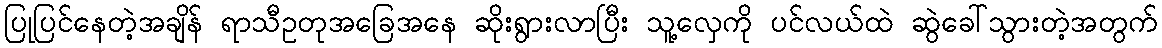
ပြုပြင်နေတဲ့အချိန် ရာသီဥတုအခြေအနေ ဆိုးရွားလာပြီး သူ့လှေကို ပင်လယ်ထဲ ဆွဲခေါ်သွားတဲ့အတွက်